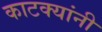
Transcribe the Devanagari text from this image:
काटक्यांनी